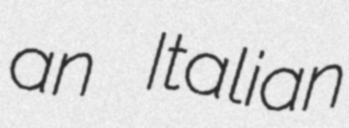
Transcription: an Italian